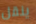
ينقل